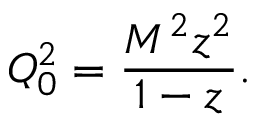
Q _ { 0 } ^ { 2 } = \frac { M ^ { 2 } z ^ { 2 } } { 1 - z } .